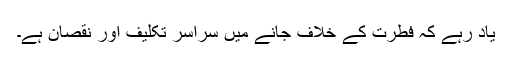
یاد رہے کہ فطرت کے خلاف جانے میں سراسر تکلیف اور نقصان ہے۔